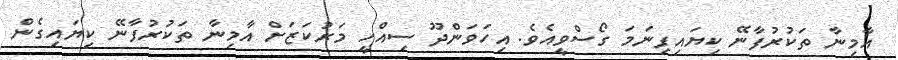
އާމިނާ ތަކުރުފާނޭ ކިޔައިފިނަމަ ގޯސްވީއެވެ. އިހަވަންދޫ ސިއްހީ މަރުކަޒަށް އާމިނާ ތަކުރުފާނޭ ކިޔައިގެން